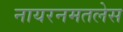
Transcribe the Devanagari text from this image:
नायरनमतलेस